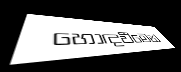
හොඳවීමෙන්